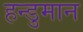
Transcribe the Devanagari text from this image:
हन्डुमान